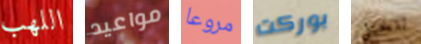
اللهب مواعيد مروعا بوركت تتخيل